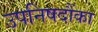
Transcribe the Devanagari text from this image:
उपनिषदौंका